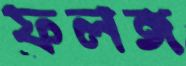
ফলঙ্গ